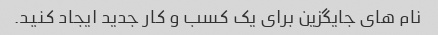
نام های جایگزین برای یک کسب و کار جدید ایجاد کنید.